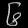
Digit: ၆